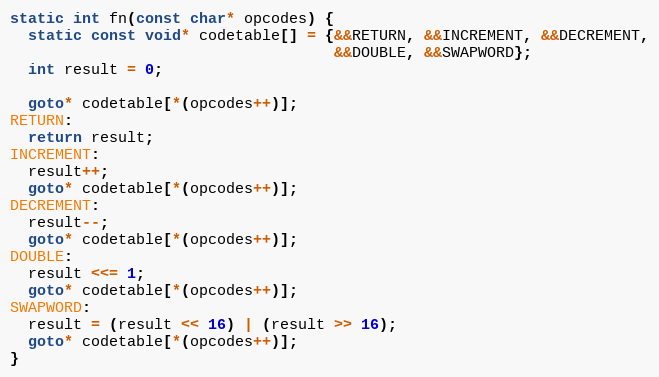
Language: C++
static int fn(const char* opcodes) {
  static const void* codetable[] = {&&RETURN, &&INCREMENT, &&DECREMENT,
                                    &&DOUBLE, &&SWAPWORD};
  int result = 0;

  goto* codetable[*(opcodes++)];
RETURN:
  return result;
INCREMENT:
  result++;
  goto* codetable[*(opcodes++)];
DECREMENT:
  result--;
  goto* codetable[*(opcodes++)];
DOUBLE:
  result <<= 1;
  goto* codetable[*(opcodes++)];
SWAPWORD:
  result = (result << 16) | (result >> 16);
  goto* codetable[*(opcodes++)];
}